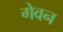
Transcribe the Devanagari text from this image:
गेवन